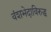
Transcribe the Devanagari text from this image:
वंशभेदाविरुद्ध